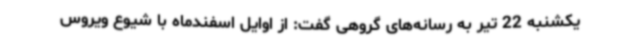
یکشنبه 22 تیر به رسانه‌های گروهی گفت: از اوایل اسفندماه با شیوع ویروس